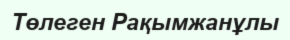
Төлеген Рақымжанұлы